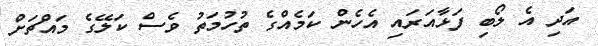
އަދި އެ ލޯބި ފަޅާއަރައި އެހެން ކަމެއްގެ ތުހުމަތު ވެސް ކަލޭގެ މައްޗަށް